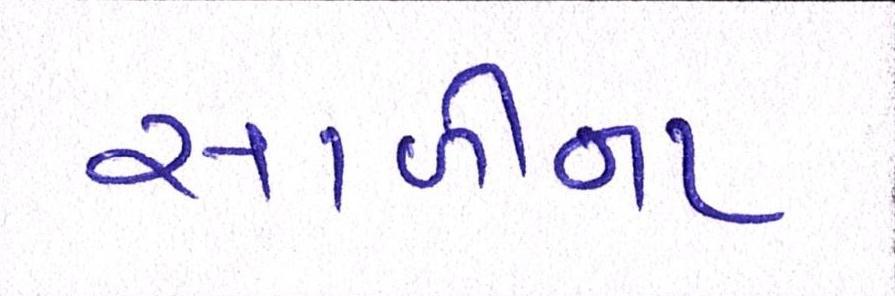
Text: સાળીના